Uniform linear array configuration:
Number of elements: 12
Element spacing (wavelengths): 0.5
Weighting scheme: kaiser
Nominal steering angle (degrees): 30
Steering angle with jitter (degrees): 30.867
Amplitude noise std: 0.05
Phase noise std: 0.05

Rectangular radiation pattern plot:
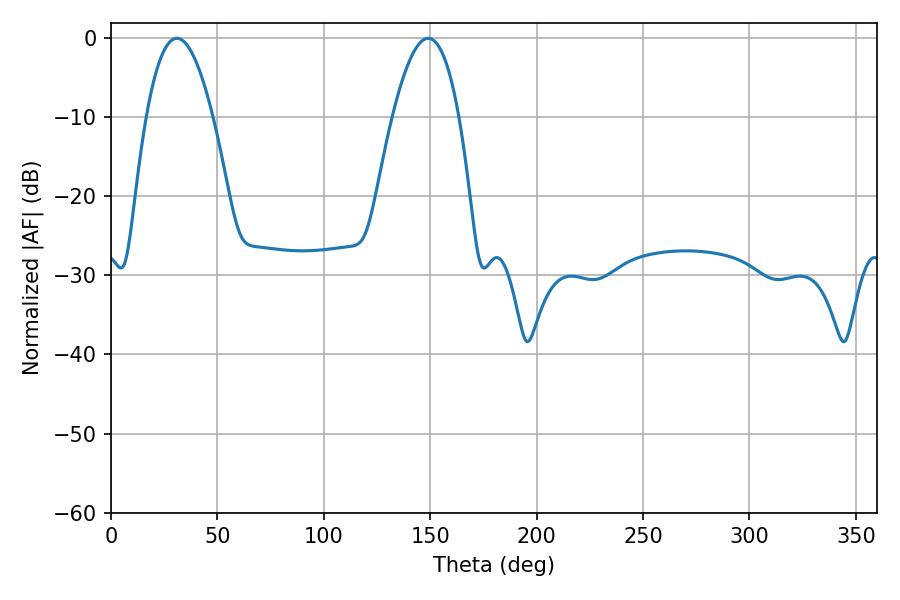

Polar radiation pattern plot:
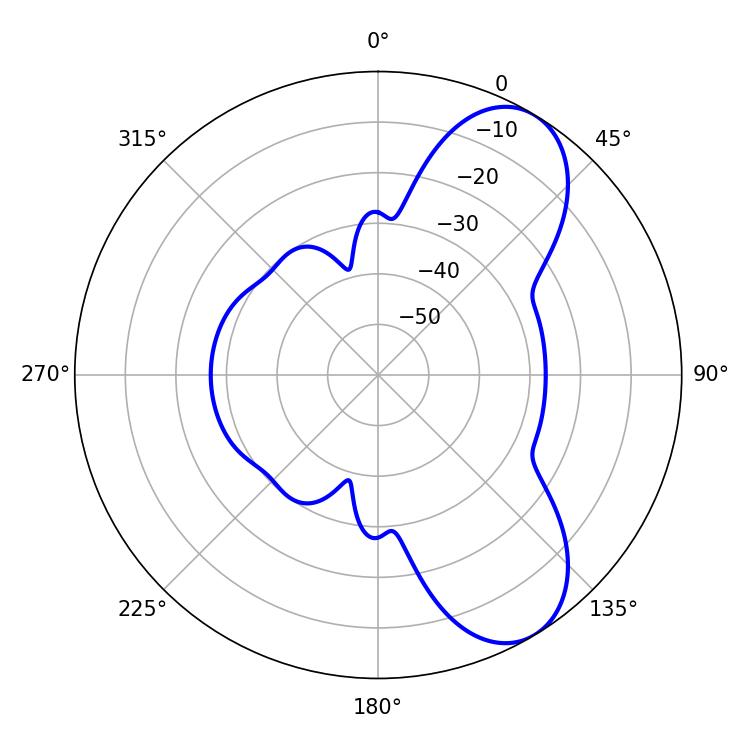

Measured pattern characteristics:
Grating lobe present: FALSE
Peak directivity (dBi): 7.751
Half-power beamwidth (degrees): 17.28
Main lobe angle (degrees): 30.96